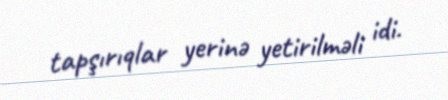
tapşırıqlar yerinə yetirilməli idi.